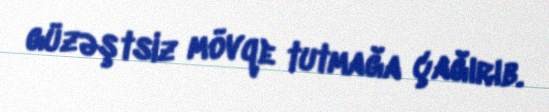
güzəştsiz mövqe tutmağa çağırıb.